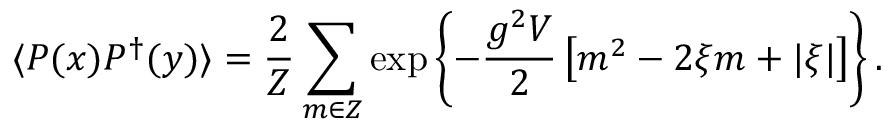
\langle P ( x ) P ^ { \dagger } ( y ) \rangle = \frac { 2 } { Z } \sum _ { m \in Z } \exp \left\{ - \frac { g ^ { 2 } V } { 2 } \left[ m ^ { 2 } - 2 \xi m + \vert \xi \vert \right] \right\} .